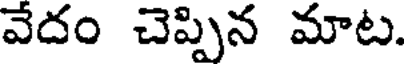
వేదం చెప్పిన మాట.